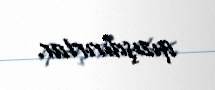
qızışdırırlar.